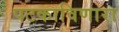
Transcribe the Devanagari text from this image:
पटकाविणारा